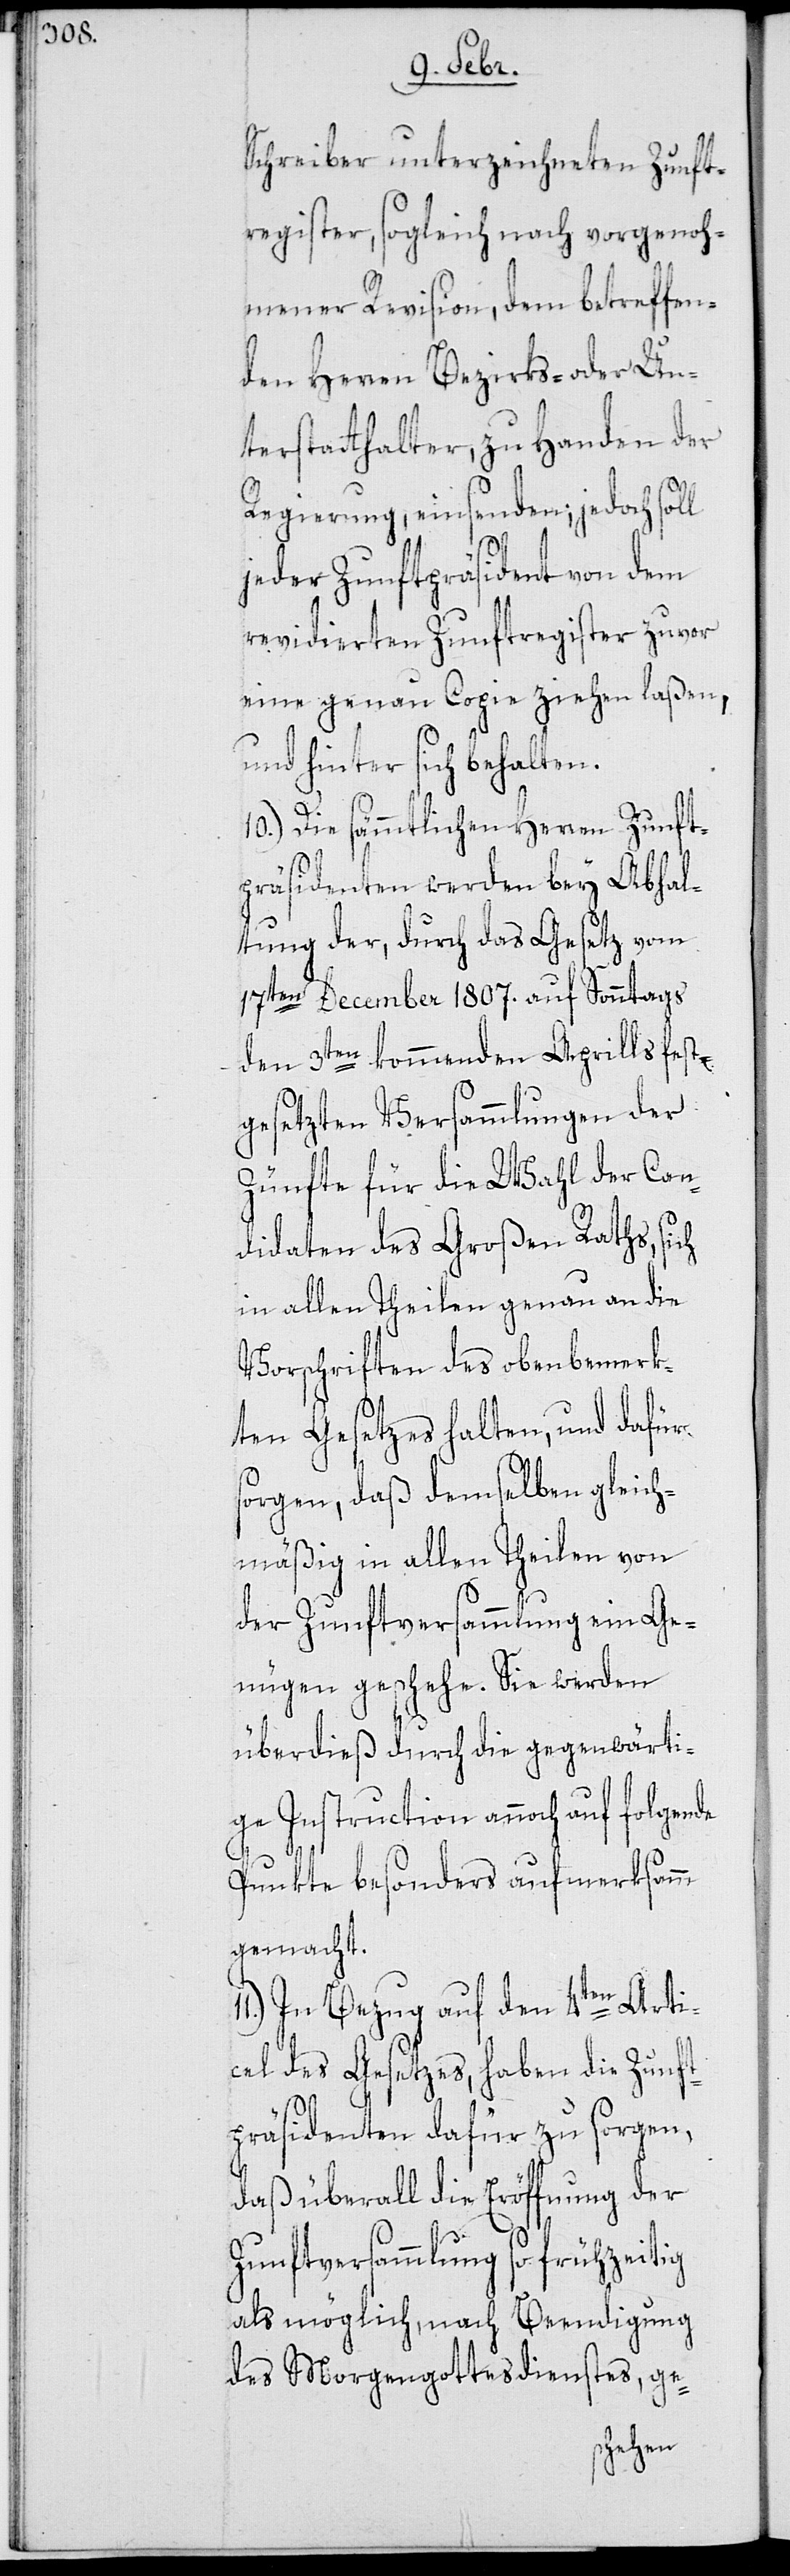
Schreiber unterzeichneten Zunft¬
register, sogleich nach vorgenoh¬
mener Revision, dem betreffen¬
den Herren Bezirks- oder Un¬
terstatthalter, zu Handen der
Regierung, einsenden; jedoch soll
jeder Zunftpräsident von dem
revidierten Zunftregister zuvor
eine genaue Copie ziehen laßen,
und hinter sich behalten.
10.) Die sämmtlichen Herren Zunft¬
präsidenten werden bey Abhal¬
tung der, durch das Gesetz vom
17ten December 1807. auf Sonntags
den 3ten kommenden Aprills fest¬
gesezten Versammlungen der
Zünfte für die Wahl der Can¬
didaten des Großen Raths, sich
in allen Theilen genau an die
Vorschriften des oben bemerk¬
ten Gesetzes halten, und dafür
sorgen, daß demselben gleich¬
mäßig in allen Theilen von
der Zunftversammlung ein Ge¬
nügen geschehe. Sie werden
überdieß durch die gegenwärti¬
ge Instruction annoch auf folgende
Punkte besonders aufmerksamm
gemacht.
In Bezug auf den 4ten Arti¬
kel des Gesetzes, haben die Zunft¬
präsidenten dafür zu sorgen,
daß überall die Eröffnung der
Zunftversammlung so frühzeitig
als möglich, nach Beendigung
des Morgengottesdienstes, ge-